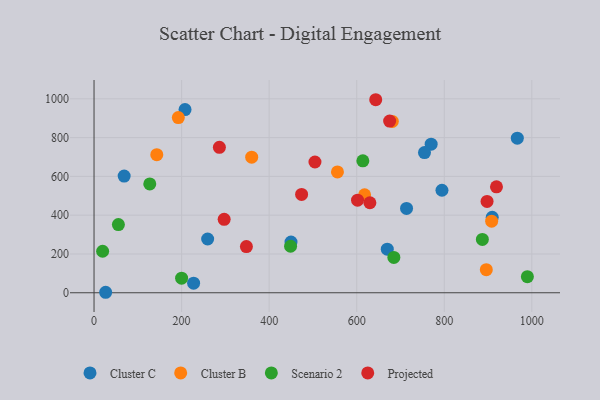
{"axis": {"x": "Engine Size", "y": "Demand"}, "legend": ["Cluster B", "Cluster C", "Projected", "Scenario 2"], "data": [{"x": "770.0", "y": 766.2, "type": "Cluster C"}, {"x": "754.8", "y": 723.0, "type": "Cluster C"}, {"x": "794.7", "y": 528.6, "type": "Cluster C"}, {"x": "449.9", "y": 261.4, "type": "Cluster C"}, {"x": "669.8", "y": 224.5, "type": "Cluster C"}, {"x": "909.5", "y": 388.8, "type": "Cluster C"}, {"x": "259.5", "y": 277.1, "type": "Cluster C"}, {"x": "26.5", "y": 2.5, "type": "Cluster C"}, {"x": "68.8", "y": 601.6, "type": "Cluster C"}, {"x": "713.8", "y": 435.0, "type": "Cluster C"}, {"x": "227.4", "y": 49.6, "type": "Cluster C"}, {"x": "966.8", "y": 797.1, "type": "Cluster C"}, {"x": "207.8", "y": 944.6, "type": "Cluster C"}, {"x": "896.0", "y": 118.8, "type": "Cluster B"}, {"x": "908.2", "y": 369.2, "type": "Cluster B"}, {"x": "143.3", "y": 711.9, "type": "Cluster B"}, {"x": "681.3", "y": 883.4, "type": "Cluster B"}, {"x": "556.0", "y": 622.9, "type": "Cluster B"}, {"x": "192.5", "y": 903.2, "type": "Cluster B"}, {"x": "360.1", "y": 699.0, "type": "Cluster B"}, {"x": "618.0", "y": 505.2, "type": "Cluster B"}, {"x": "448.9", "y": 239.9, "type": "Scenario 2"}, {"x": "19.6", "y": 214.1, "type": "Scenario 2"}, {"x": "200.0", "y": 75.1, "type": "Scenario 2"}, {"x": "55.6", "y": 351.4, "type": "Scenario 2"}, {"x": "887.0", "y": 275.1, "type": "Scenario 2"}, {"x": "614.0", "y": 680.3, "type": "Scenario 2"}, {"x": "684.8", "y": 182.3, "type": "Scenario 2"}, {"x": "127.3", "y": 561.0, "type": "Scenario 2"}, {"x": "989.8", "y": 83.0, "type": "Scenario 2"}, {"x": "348.0", "y": 238.3, "type": "Projected"}, {"x": "297.2", "y": 378.5, "type": "Projected"}, {"x": "474.1", "y": 507.1, "type": "Projected"}, {"x": "286.3", "y": 750.0, "type": "Projected"}, {"x": "919.2", "y": 546.4, "type": "Projected"}, {"x": "601.9", "y": 477.5, "type": "Projected"}, {"x": "643.4", "y": 995.3, "type": "Projected"}, {"x": "897.7", "y": 470.7, "type": "Projected"}, {"x": "504.6", "y": 674.1, "type": "Projected"}, {"x": "630.1", "y": 464.1, "type": "Projected"}, {"x": "675.2", "y": 885.1, "type": "Projected"}]}